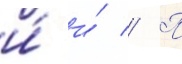
и́ и́ // П